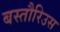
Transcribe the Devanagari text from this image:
बस्तौरिउस